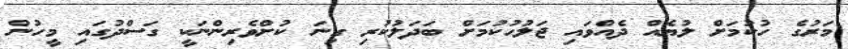
މަރުގެ ހުކުމަށް ލުޔެއް ދެއްވައި ޖަލުހުކުމަށް ބަދަލުކުރި ގިނަ ކުށްވެރިންނަކީ ގަސްދުގައި މީހުން